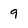
Character: 9